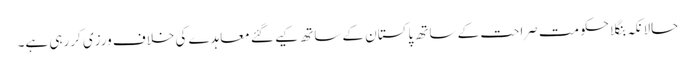
حالانکہ بنگلا حکومت صراحت کے ساتھ پاکستان کے ساتھ کیے گئے معاہدے کی خلاف ورزی کررہی ہے۔